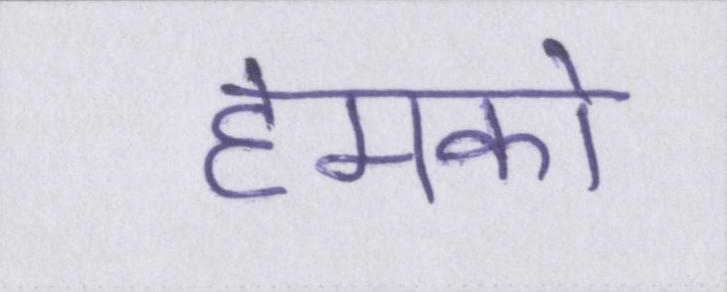
हमको